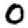
Digit: 0